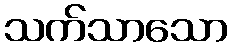
သက်သာသော